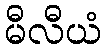
မီလီယံ